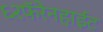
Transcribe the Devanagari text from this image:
६२फॅरेनहाईट